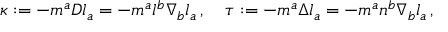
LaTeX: \kappa : = - m ^ { a } D l _ { a } = - m ^ { a } l ^ { b } \nabla _ { b } l _ { a } \, , \quad \tau : = - m ^ { a } \Delta l _ { a } = - m ^ { a } n ^ { b } \nabla _ { b } l _ { a } \, ,